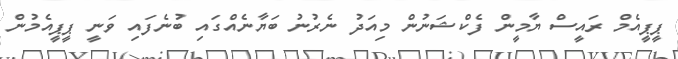
ޕީޕީއެމް ރައީސް ޔާމީން ފެކްޝަނުން މިއަދު ނެރުނު ބަޔާނެއްގައި ބުނެފައި ވަނީ ޕީޕީއެމުން